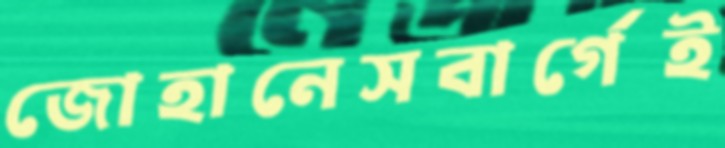
জোহানেসবার্গেই